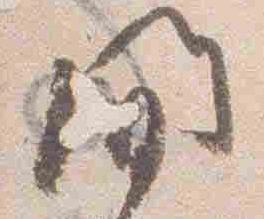
間